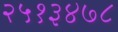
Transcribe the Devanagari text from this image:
२५१३४७८